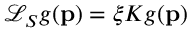
\mathcal { L } _ { S } g ( \mathbf { p } ) = \xi K g ( \mathbf { p } )